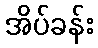
အိပ်ခန်း